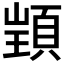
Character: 𮨋